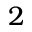
2